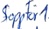
Text: StoppFör1